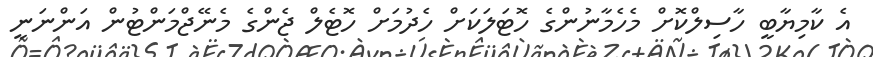
އެ ކާމިޔާބީ ހާސިލްކޮށް މެހެމާނުންގެ ހޮޓަލަކަށް ހެދުމަށް ހޮޓެލް ޖެންގެ މެނޭޖްމަންޓުން އަންނަނީ